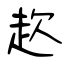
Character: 赼